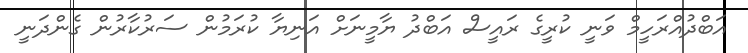
އަބްދުއްރަހީމް ވަނީ ކުރީގެ ރައީސް އަބްދު ޔާމީނަށް އަނިޔާ ކުރަމުން ސަރުކާރުން ގެންދަނީ